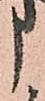
う